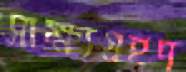
সাক্ষ্যগ্রহণ